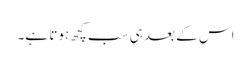
اس کے بعد ہی سب کچھ ہوتا ہے۔